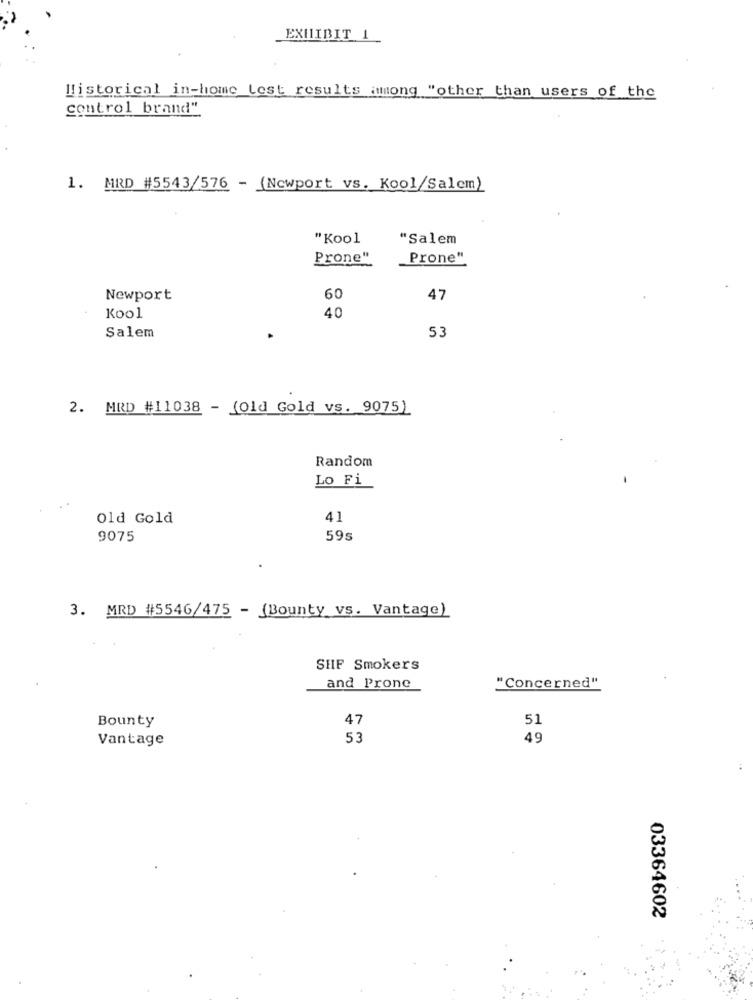
EXHIBIT 1
Historical in-home_test results among "other than users of the
control brand"
1. MRD #5543/576 - (Newport vs. Kool/Salem)
"Kool
"Salem
Prone"
Prone"
Newport
60
47
40
Kool
53
Salem
2. MRD #11038 - (Old Gold vs. 9075)
Random
Lo Fi
. .
Old Gold
41
9075
59s
3. MRD #5546/475 - (Bounty vs. Vantage)
SHF Smokers
"Concerned"
and Prone
Bounty
47
51
Vantage
53
49
03364602